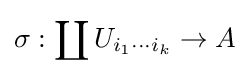
\sigma :\coprod U_{i_{1}\cdots i_{k}}\to A